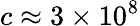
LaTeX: c\approx 3\times 10^{8}